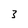
Character: 3